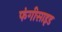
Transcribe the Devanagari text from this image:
फंगीसाइड